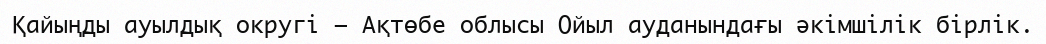
Қайыңды ауылдық округі – Ақтөбе облысы Ойыл ауданындағы әкімшілік бірлік.